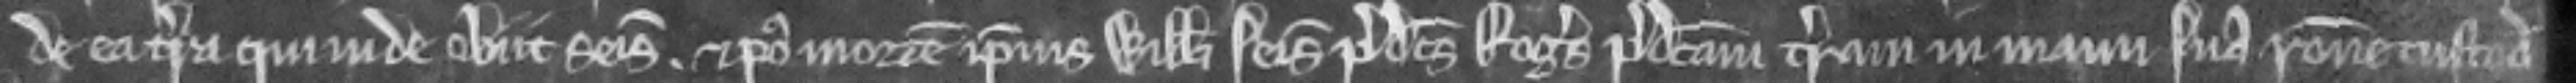
de ea terra qui inde obiit seisitus. Et post mortem ipsius Willelmi seisivit predictus Rogerus predictam terram in manu sua racione custodie.